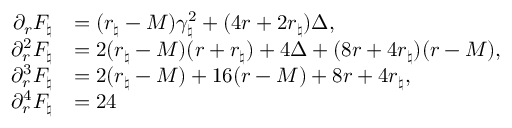
\begin{array} { r l } { \partial _ { r } F _ { \natural } } & { = ( r _ { \natural } - M ) \gamma _ { \natural } ^ { 2 } + ( 4 r + 2 r _ { \natural } ) \Delta , } \\ { \partial _ { r } ^ { 2 } F _ { \natural } } & { = 2 ( r _ { \natural } - M ) ( r + r _ { \natural } ) + 4 \Delta + ( 8 r + 4 r _ { \natural } ) ( r - M ) , } \\ { \partial _ { r } ^ { 3 } F _ { \natural } } & { = 2 ( r _ { \natural } - M ) + 1 6 ( r - M ) + 8 r + 4 r _ { \natural } , } \\ { \partial _ { r } ^ { 4 } F _ { \natural } } & { = 2 4 } \end{array}